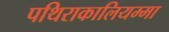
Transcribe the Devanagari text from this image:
पथिराकालियम्मा